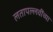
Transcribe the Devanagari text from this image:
लतापल्लवींच्या